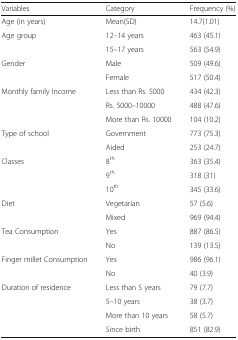
<table><thead><tr><td><b>Variables</b></td><td><b>Category</b></td><td><b>Frequency (%)</b></td></tr></thead><tbody><tr><td>Age (in years)</td><td>Mean(SD)</td><td>14.7(1.01)</td></tr><tr><td rowspan="2">Age group</td><td>12–14 years</td><td>463 (45.1)</td></tr><tr><td>15–17 years</td><td>563 (54.9)</td></tr><tr><td rowspan="2">Gender</td><td>Male</td><td>509 (49.6)</td></tr><tr><td>Female</td><td>517 (50.4)</td></tr><tr><td rowspan="3">Monthly family Income</td><td>Less than Rs. 5000</td><td>434 (42.3)</td></tr><tr><td>Rs. 5000–10000</td><td>488 (47.6)</td></tr><tr><td>More than Rs. 10000</td><td>104 (10.2)</td></tr><tr><td rowspan="2">Type of school</td><td>Government</td><td>773 (75.3)</td></tr><tr><td>Aided</td><td>253 (24.7)</td></tr><tr><td rowspan="3">Classes</td><td>8<sup>th</sup></td><td>363 (35.4)</td></tr><tr><td>9<sup>th</sup></td><td>318 (31)</td></tr><tr><td>10<sup>th</sup></td><td>345 (33.6)</td></tr><tr><td rowspan="2">Diet</td><td>Vegetarian</td><td>57 (5.6)</td></tr><tr><td>Mixed</td><td>969 (94.4)</td></tr><tr><td rowspan="2">Tea Consumption</td><td>Yes</td><td>887 (86.5)</td></tr><tr><td>No</td><td>139 (13.5)</td></tr><tr><td rowspan="2">Finger millet Consumption</td><td>Yes</td><td>986 (96.1)</td></tr><tr><td>No</td><td>40 (3.9)</td></tr><tr><td rowspan="4">Duration of residence</td><td>Less than 5 years</td><td>79 (7.7)</td></tr><tr><td>5–10 years</td><td>38 (3.7)</td></tr><tr><td>More than 10 years</td><td>58 (5.7)</td></tr><tr><td>Since birth</td><td>851 (82.9)</td></tr></tbody></table>